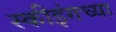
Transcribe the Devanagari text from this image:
स्कीइंगच्या